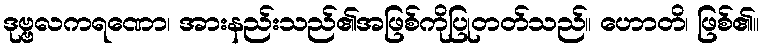
ဒုဗ္ဗလကရဏော၊ အားနည်းသည်၏အဖြစ်ကိုပြုတတ်သည်။ ဟောတိ၊ ဖြစ်၏။